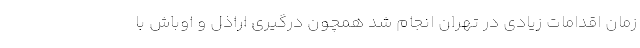
زمان اقدامات زیادی در تهران انجام شد همچون درگیری اراذل و اوباش با